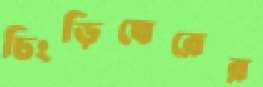
চিংড়িঘেরের